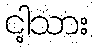
ငါ့သား